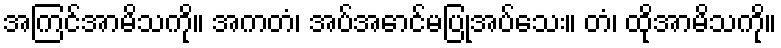
အကြင်အာမိသကို။ အကတံ၊ အပ်အောင်မပြုအပ်သေး။ တံ၊ ထိုအာမိသကို။